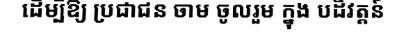
ដើម្បីឱ្យ ប្រជាជន ចាម ចូលរួម ក្នុង បដិវត្តន៍